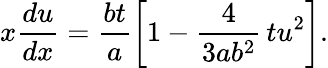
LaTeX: x\frac{du}{dx}=\frac{bt}{a}\left[1-\frac{4}{3ab^{2}}\, tu^{2}\right].